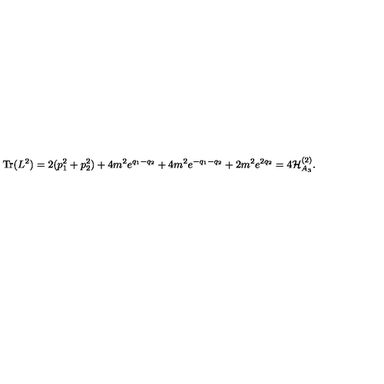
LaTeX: \mathrm { T r } ( L ^ { 2 } ) = 2 ( p _ { 1 } ^ { 2 } + p _ { 2 } ^ { 2 } ) + 4 m ^ { 2 } e ^ { q _ { 1 } - q _ { 2 } } + 4 m ^ { 2 } e ^ { - q _ { 1 } - q _ { 2 } } + 2 m ^ { 2 } e ^ { 2 q _ { 2 } } = 4 { \cal H } _ { A _ { 3 } } ^ { ( 2 ) } .